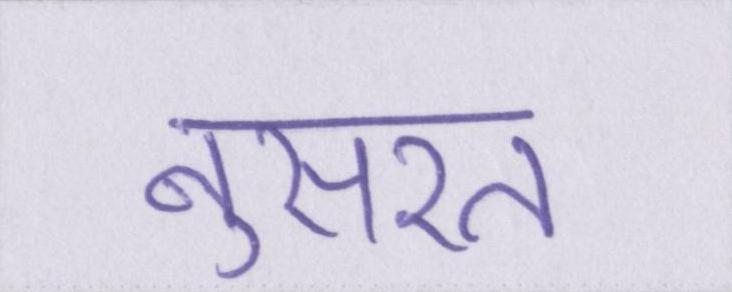
नुसरत